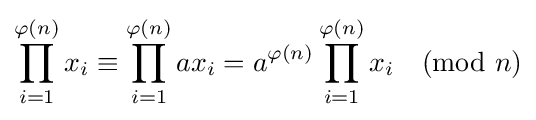
\prod _{i=1}^{\varphi (n)}x_{i}\equiv \prod _{i=1}^{\varphi (n)}ax_{i}=a^{\varphi (n)}\prod _{i=1}^{\varphi (n)}x_{i}{\pmod {n}}